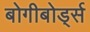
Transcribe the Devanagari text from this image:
बोगीबोर्ड्स